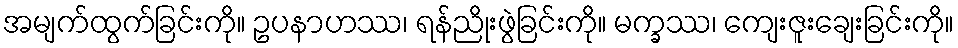
အမျက်ထွက်ခြင်းကို။ ဥပနာဟဿ၊ ရန်ညိုးဖွဲခြင်းကို။ မက္ခဿ၊ ကျေးဇူးချေးခြင်းကို။